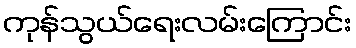
ကုန်သွယ်ရေးလမ်းကြောင်း